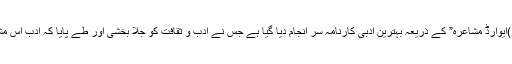
بین الاقوامی سطح پر حالیہ منعقد پروگرام “نئی ردیف (احمد فراز)ایوارڈ مشاعرہ” کے ذریعہ بہترین ادبی کارنامہ سر انجام دیا گیا ہے جس نے ادب و ثقافت کو جلا بخشی اور طے پایا کہ ادب اس مُشک کی مانند ہے جس کی خوشبو بِلا تفاوت ہر سمت پھیلتی ہے۔